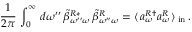
\frac { 1 } { 2 \pi } \, \int _ { 0 } ^ { \infty } \, d \omega ^ { \prime \prime } \, \tilde { \beta } _ { \omega ^ { \prime \prime } \omega } ^ { R * } \, \tilde { \beta } _ { \omega ^ { \prime \prime } \omega } ^ { R } = \langle \, a _ { \omega } ^ { R \dag } a _ { \omega } ^ { R } \, \rangle \, _ { \mathrm { { i n } } } \, .